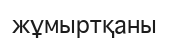
жұмыртқаны